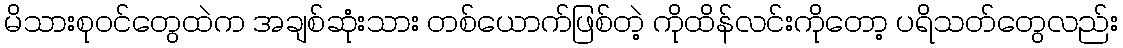
မိသားစုဝင်တွေထဲက အချစ်ဆုံးသား တစ်ယောက်ဖြစ်တဲ့ ကိုထိန်လင်းကိုတော့ ပရိသတ်တွေလည်း